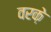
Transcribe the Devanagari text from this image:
वरक़े